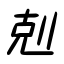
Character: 剋